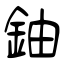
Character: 鈾